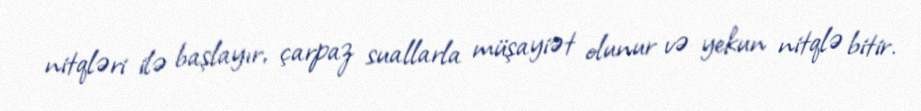
nitqləri ilə başlayır, çarpaz suallarla müşayiət olunur və yekun nitqlə bitir.